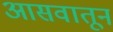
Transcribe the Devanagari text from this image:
आसवातून